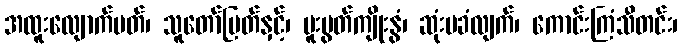
အထူးလျောက်ပတ်၊ သူတော်မြတ်နှင့်၊ ပူးပွတ်ကျိုးနွံ၊ ဆုံးမခံလျက်၊ ကောင်းကြံသီတင်း၊